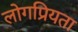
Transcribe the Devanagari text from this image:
लोगप्रियता